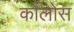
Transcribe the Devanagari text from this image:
कोलोस